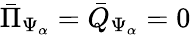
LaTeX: {\bar{\Pi}}_{\Psi_{\alpha}}={\bar{Q}}_{\Psi_{\alpha}}=0